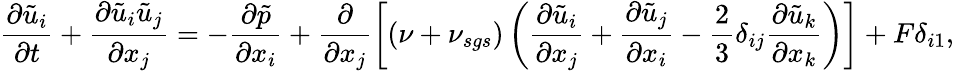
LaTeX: \frac{\partial\tilde{u}_{i}}{\partial t}+\frac{\partial\tilde{u}_{i}\tilde{u}_{j}}{\partial x_{j}}=-\frac{\partial\tilde{p}}{\partial x_{i}}+\frac{\partial}{\partial x_{j}}\left[(\nu+\nu_{sgs})\left(\frac{\partial\tilde{u}_{i}}{\partial{x_{j}}}+\frac{\partial\tilde{u}_{j}}{\partial{x_{i}}}-\frac{2}{3}\delta_{ij}\frac{\partial\tilde{u}_{k}}{\partial{x_{k}}}\right)\right]+F\delta_{i1},